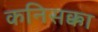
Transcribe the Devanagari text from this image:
कनिसक्का